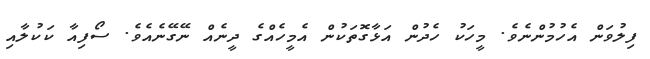
ފިލުވަން އެހުމުންނެވެ. މީހަކު ހެދުން އަޅާގޮތަކުން އެމީހެއްގެ ދީނެއް ނޭގޭނެއެވެ. ސޯފިއާ ކަކުލާއި